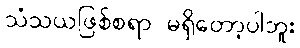
သံသယဖြစ်စရာ မရှိတော့ပါဘူး